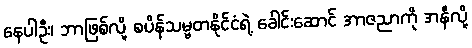
နေပါဦး၊ ဘာဖြစ်လို့ စပိန်သမ္မတနိုင်ငံရဲ့ ခေါင်းဆောင် အာဇညာကို အနီလို့